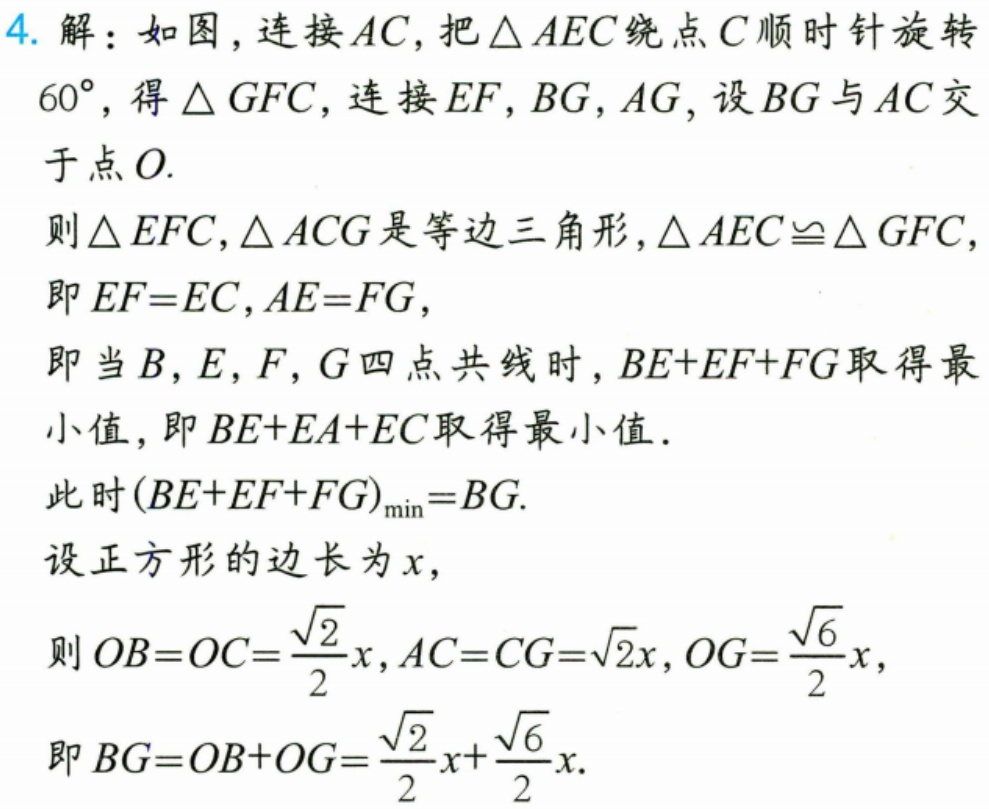
4. 解：如图，连接 \(AC\)，把 \(\triangle AEC\) 绕点 \(C\) 顺时针旋转 \(60^{\circ}\)，得 \(\triangle GFC\)，连接 \(EF\)，\(BG\)，\(AG\)，设 \(BG\) 与 \(AC\) 交于点 \(O\).
则 \(\triangle EFC\)，\(\triangle ACG\) 是等边三角形，\(\triangle AEC\cong\triangle GFC\)，
即 \(EF = EC\)，\(AE = FG\)，
即当 \(B\)，\(E\)，\(F\)，\(G\) 四点共线时，\(BE + EF+FG\) 取得最小值，即 \(BE + EA+EC\) 取得最小值．
此时 \((BE + EF + FG)_{\min}=BG\).
设正方形的边长为 \(x\)，
则 \(OB = OC=\frac{\sqrt{2}}{2}x\)，\(AC = CG=\sqrt{2}x\)，\(OG=\frac{\sqrt{6}}{2}x\)，
即 \(BG = OB + OG=\frac{\sqrt{2}}{2}x+\frac{\sqrt{6}}{2}x\).